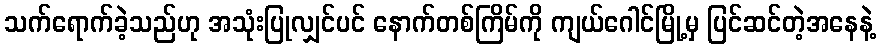
သက်ရောက်ခဲ့သည်ဟု အသုံးပြုလျှင်ပင် နောက်တစ်ကြိမ်ကို ကျယ်ဂေါင်မြို့မှ ပြင်ဆင်တဲ့အနေနဲ့